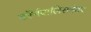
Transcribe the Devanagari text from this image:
कॉर्नवालिसनंतर